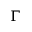
\Gamma